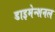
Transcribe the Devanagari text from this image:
डाइमेन्शनल